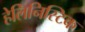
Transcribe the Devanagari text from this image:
हेलिनिस्टिक